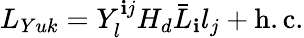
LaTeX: L_{Yuk}=Y_{l}^{\mathbf{i}j}H_{d}\bar{{L}}_{\mathbf{i}}l_{j}+\mathrm{{h.c.}}